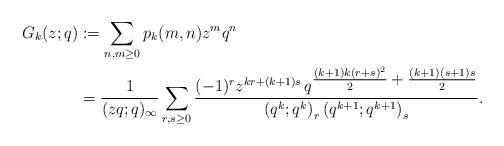
LaTeX: \begin{align*}G_k(z;q) & := \sum_{n,m \geq 0} p_k(m,n) z^m q^n \\& = \frac{1}{(zq;q)_\infty} \sum_{r, s \geq 0} \frac{(-1)^r z^{kr + (k+1)s}\,q^{\textstyle \frac{(k+1)k(r+s)^2}{2} + \frac{(k+1)(s+1)s}{2}}}{\left(q^k; q^k\right)_r \left(q^{k+1}; q^{k+1}\right)_s}. \end{align*}